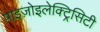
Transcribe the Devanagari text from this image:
पाइज़ोइलेक्ट्रिसिटी